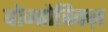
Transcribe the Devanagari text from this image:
वोज्तोविक्ज़